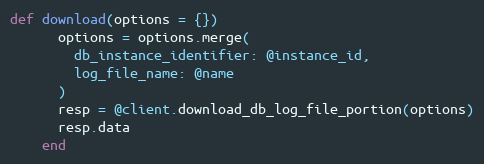
Language: Ruby
def download(options = {})
      options = options.merge(
        db_instance_identifier: @instance_id,
        log_file_name: @name
      )
      resp = @client.download_db_log_file_portion(options)
      resp.data
    end